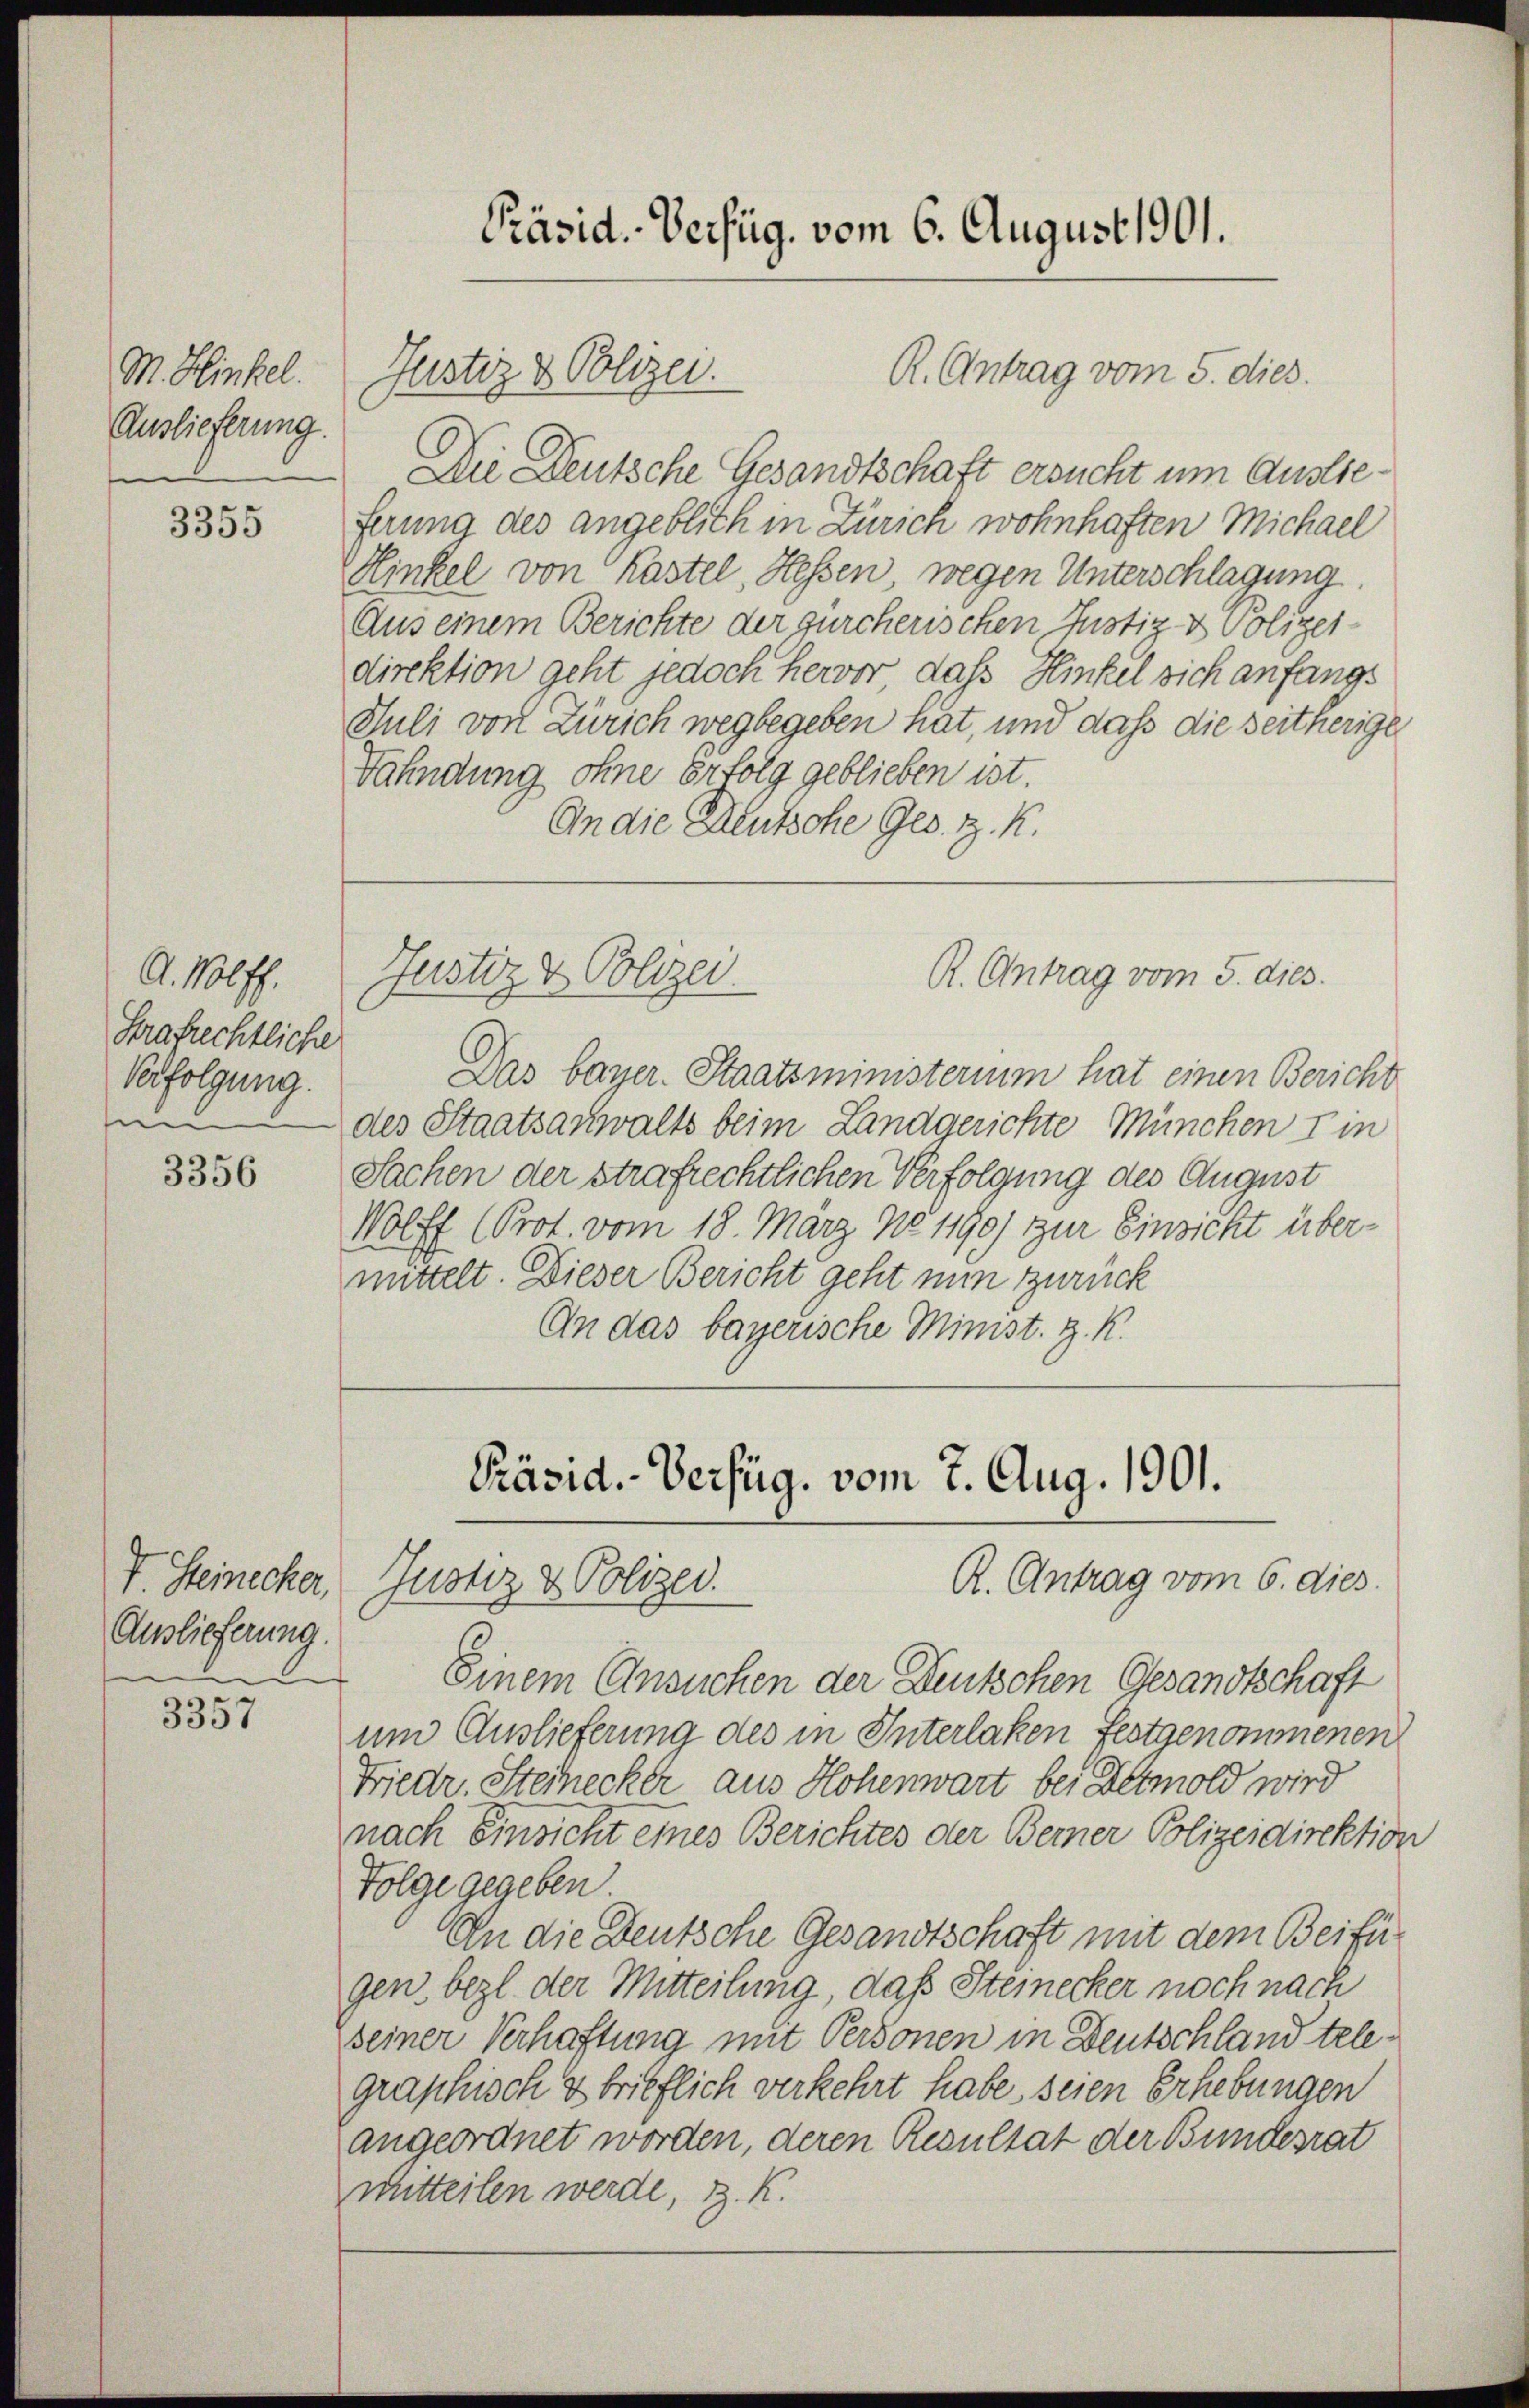
M. Hinkel.
Auslieferung.
s

3355

A. Wolff.
Hrafrechtliche
Verfolgung.
e

3356

Auslieferung.

e
3397

Präsid. Verfüg, vom 6. August 1901.

Justiz & Polizei.

Die Deutsche Gesandtschaft ersucht um Auslieferung des angeblich in Zürich wohnhaften Michael
Hinkel von Kastel, Hessen wegen Unterschlagung
Aus einem Berichte der zürcherischen Justiz & Polizeidirektion geht jedoch hervor, das Hinkel sich anfangs
Juli von Zürich wegbegeben hat, und daß die seitherige
Fahndung ohne erfolg geblieben ist.
An die Deutsche Ges. z. K.

Justiz & Polizei.

R. Antrag vom 5. dies.

R. Antrag vom 5. dies

Das bayer. Staatsministerium hat einen Bericht
des Staatsanwalts beim Landgerichte München I in
Sachen der strafrechtlichen Verfolgung des August
Wolff (Prot. vom 18. März No 1190) zur Einsicht über-
mittelt. Dieser Bericht geht nun zurück
An das bayerische Minist. Z. K.

Präsid.-Verfüg, vom 7. Aug. 1901.
R. Antrag vom 6. dies
V. Steinecker, Justiz & Polizei.

Einem Ansuchen der Deutschen Gesandtschaft
um Auslieferung des in Interlaken festgenommenen
Friedr. Steinecker aus Hohenwart bei Detmold wird
nach Einsicht eines Berichtes der Berner Polizeidirektion
Folge gegeben.
An die Deutsche Gesandtschaft mit dem Beifügen bezl. der Mitteilung, daß Steinecker noch nach
seiner Verhaftung mit Personen in Deutschland telegraphisch & brieflich verkehrt habe, seien Erhebungen
angeordnet worden, deren Resultat der Bundesrat
mitteilen werde, z. K.